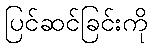
ပြင်ဆင်ခြင်းကို